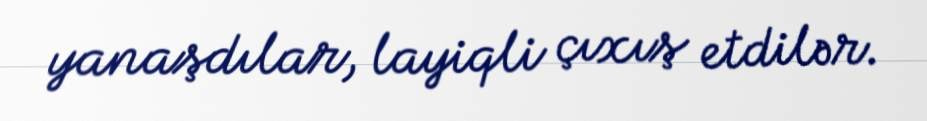
yanaşdılar, layiqli çıxış etdilər.